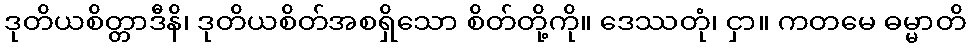
ဒုတိယစိတ္တာဒီနိ၊ ဒုတိယစိတ်အစရှိသော စိတ်တို့ကို။ ဒေဿတုံ၊ ငှာ။ ကတမေ ဓမ္မာတိ